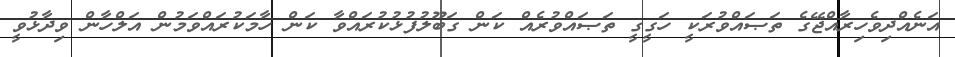
އަނެއްދިވެހިރާއްޖޭގެ ތަޞައްވުރަކީ ހަގީގީ ތަޞައްވުރެއް ކަން ގަބޫލުފުޅުކުރައްވާ ކަން ހާމަކުރައްވަމުން އަލްހާން ވިދާޅުވީ